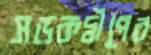
সড়কদ্বীপের